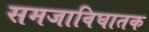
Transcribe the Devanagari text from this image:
समजाविघातक